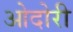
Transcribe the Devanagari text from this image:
ओदोरी